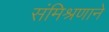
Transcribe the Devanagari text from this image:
संमिश्रणाने